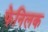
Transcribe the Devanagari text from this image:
फेनिलक